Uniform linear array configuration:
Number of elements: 32
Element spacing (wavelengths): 0.25
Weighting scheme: cosine
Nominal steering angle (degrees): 45
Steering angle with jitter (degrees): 45.048
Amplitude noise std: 0.05
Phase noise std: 0.05

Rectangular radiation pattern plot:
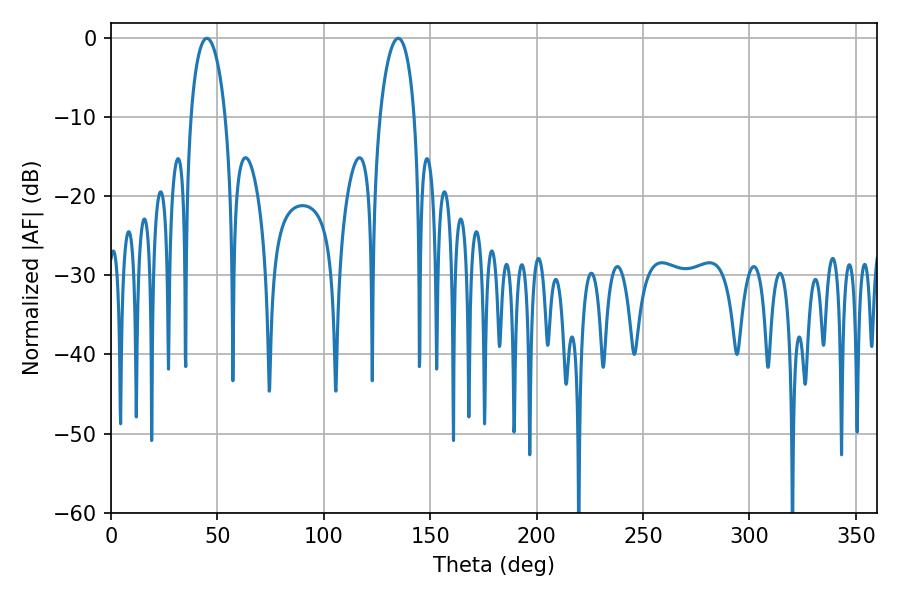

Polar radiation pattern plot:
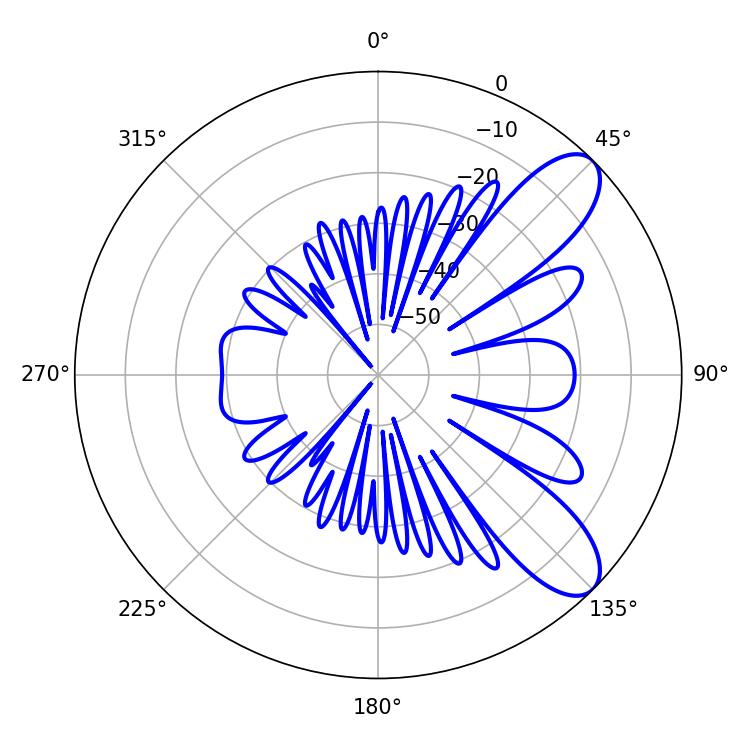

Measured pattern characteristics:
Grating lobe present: FALSE
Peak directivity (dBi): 8.995
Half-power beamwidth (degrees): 9.18
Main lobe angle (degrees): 45